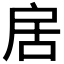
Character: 𭠄